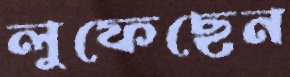
লুফেছেন